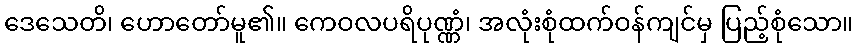
ဒေသေတိ၊ ဟောတော်မူ၏။ ကေဝလပရိပုဏ္ဏံ၊ အလုံးစုံထက်ဝန်ကျင်မှ ပြည့်စုံသော။